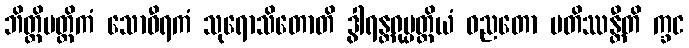
ဘိတ္တိမတ္တိကံ သောဝီရကံ သုရောသိတောတိ ဒွါရန္တရုပ္ပတ္တိယံ ဓညတော ပတိဿန္တီတိ က္ခင